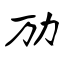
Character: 劢